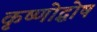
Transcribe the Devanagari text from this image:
कृष्णोद्घोष